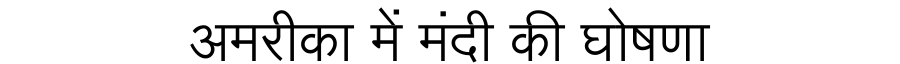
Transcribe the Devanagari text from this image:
अमरीका में मंदी की घोषणा